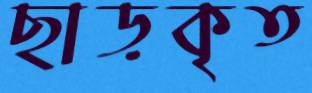
ছাড়কৃত